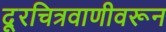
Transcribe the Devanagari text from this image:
दूरचित्रवाणीवरून